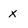
Character: x